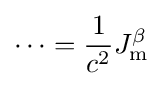
\cdots ={\frac {1}{c^{2}}}J_{\mathrm {m} }^{\beta }